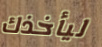
ليأخذك